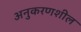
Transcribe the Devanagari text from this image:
अनुकरणशील